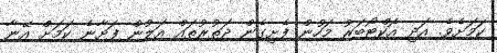
ކަމަށެވެ. އަދި އޮކްޓޯބަރު މަހުން ފެށިގެން ދަތުރުތައް އަލުން ފަށާނެ ކަމަށް އޭނާ